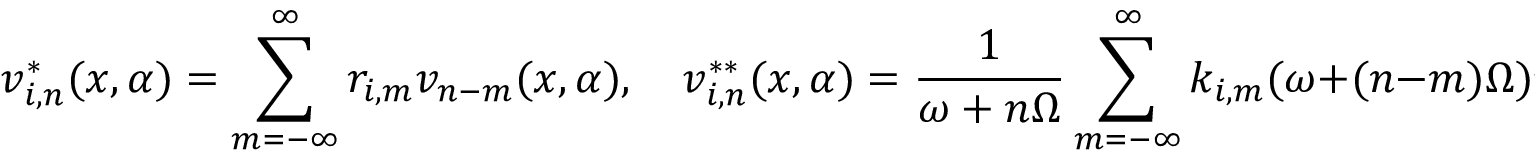
v _ { i , n } ^ { * } ( x , \alpha ) = \sum _ { m = - \infty } ^ { \infty } r _ { i , m } v _ { n - m } ( x , \alpha ) , \quad v _ { i , n } ^ { * * } ( x , \alpha ) = \frac { 1 } { \omega + n \Omega } \sum _ { m = - \infty } ^ { \infty } k _ { i , m } ( \omega + ( n - m ) \Omega ) v _ { n - m } ( x , \alpha ) ,